NAE_Eesti_seltside_protokollid_1900-1917, lk 20
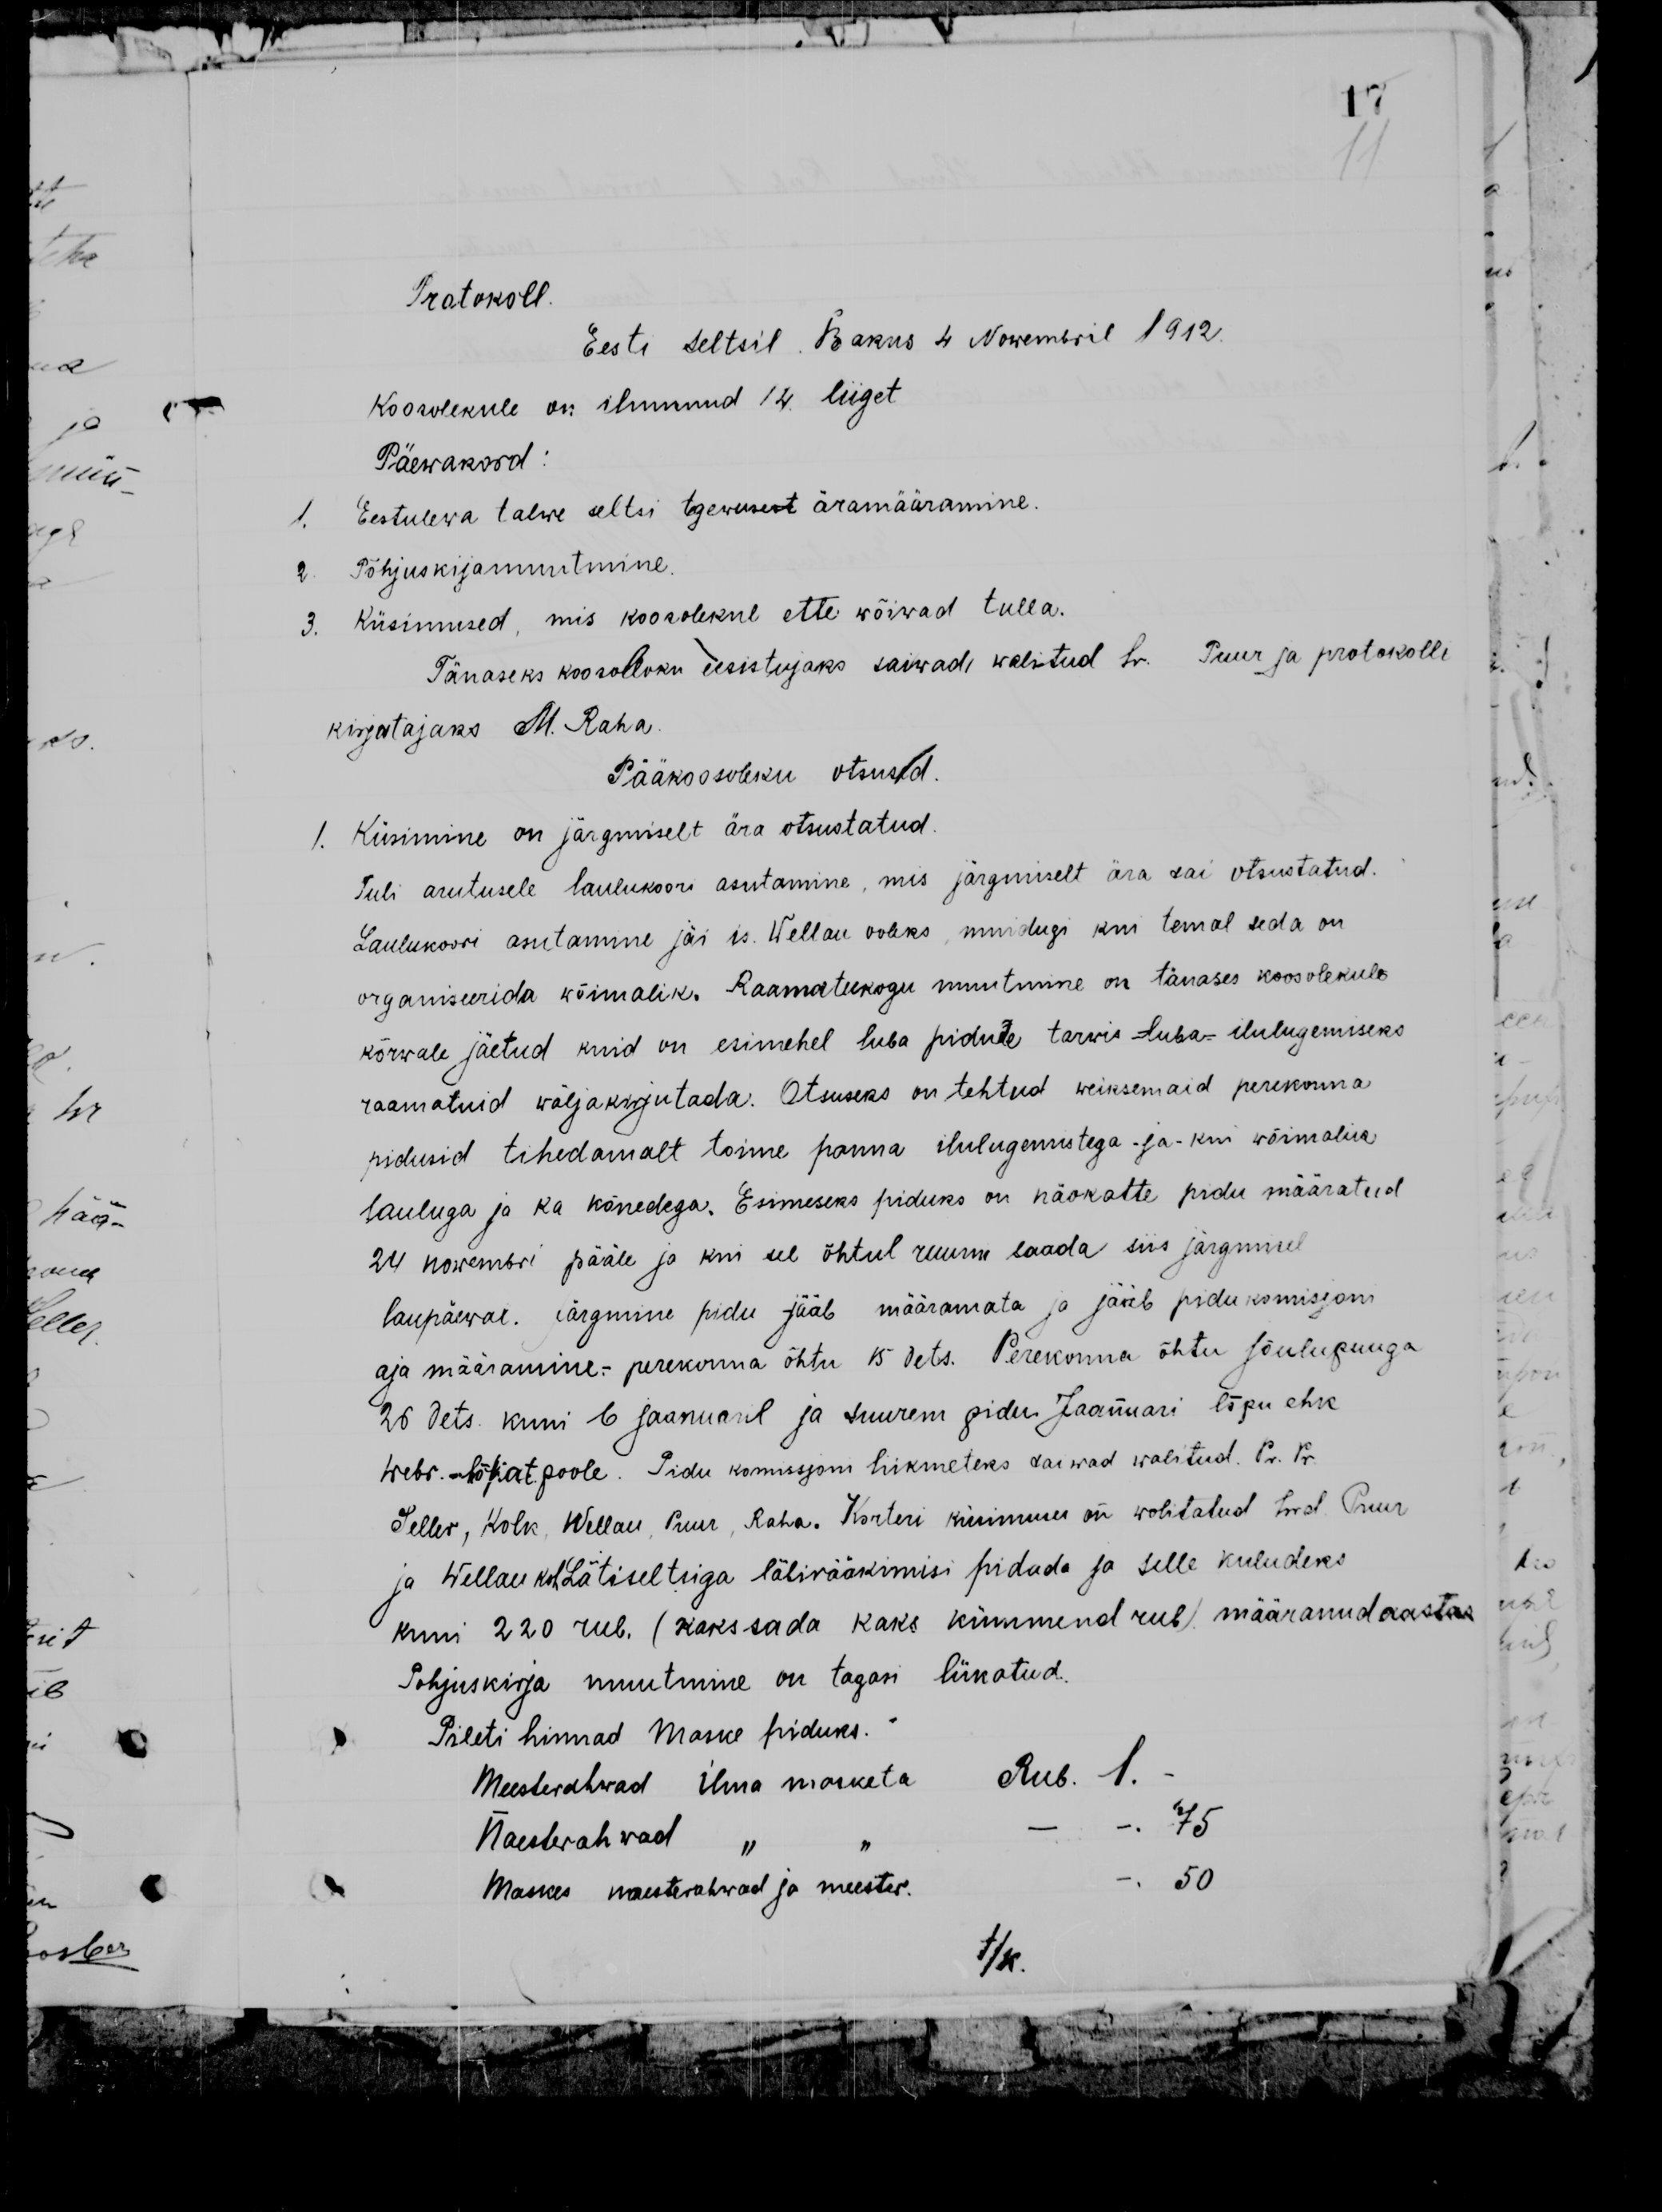
Protokoll.
Eesti seltsil Bakus 4 Nowembril 1912.
Koosolekule on ilmunud 14. liiget
Päewakord:
Eestulewa talwe seltsi tegewusest äramääramine
Põhjuskirja muutmine
Küsimused, mis koosolekul ette wõiwad tulla.
Tänaseks koosoleku eesistujaks saiwad walitud hr. Puur ja protokolli
kirjutajaks M. Raha
Pääkoosoleku otsused
Küsimine on järgmiselt ära otsustatud
Tuli arutusele laulukoori asutamine, mis järgmiselt ära sai otsustatud.
Laulukoori asutamine jäi is. Wellau ooleks, muidugi kui temal seda on
organiseerida võimalik. Raamatukogu muutmine on tänases koosolekule
kõrwale jäetud kuid on esimehel luba pidute tarwis luba ilulugemiseks
raamatuid wäljakirjutada. Otsuseks on tehtud weiksemaid perekonna
pidusid tihedamalt toime panna ilulugemistega ja kui wõimalik
lauluga ja ka kõnedega. Esimeseks piduks on näokatte pidu määratud
24 nowembri pääle ja kui eel õhtul ruum saada siis järgmisel
laupäewal. järgmine pidu jääb määramata ja jääb pidukomisjoni
aja määramine.- perekonna õhtu 15 dets. Perekonna õhtu Jõulupuuga
26 dets kuni 6 jaanuaril ja suurem pidu Jaanuari lõpu ehk
webr.
poole. Pidu komisjoni liikmeteks saiwad walitud. Pr. Pr.
Seller, Kolk, Wellau, Puur, Raha. Korteri küsimuses on wolitatud hrd. Puur
ja Wellau kod Läti seltsiga läbirääkimisi pidada ja selle kuludeks
kuni 220 rub. (kaks sada kaks kümmend rub) määranud aastas
Põhjuskirja muutmine on tagasi lükatud.
Pileti hinnad Maske piduks.
Meesterahwad ilma masketa
Naeserahwad
Maskes naesterahwad ja meester.